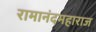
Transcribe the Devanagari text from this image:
रामानंदमहाराज